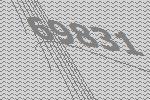
69831